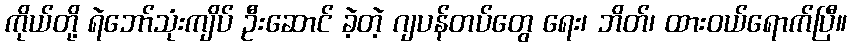
ကိုယ်တို့ ရဲဘော်သုံးကျိပ် ဦးဆောင် ခဲ့တဲ့ ဂျပန်တပ်တွေ ရေး၊ ဘိတ်၊ ထားဝယ်ရောက်ပြီ။